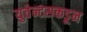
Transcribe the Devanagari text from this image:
युवेन्टसकडून